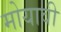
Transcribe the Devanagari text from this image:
मोयावी